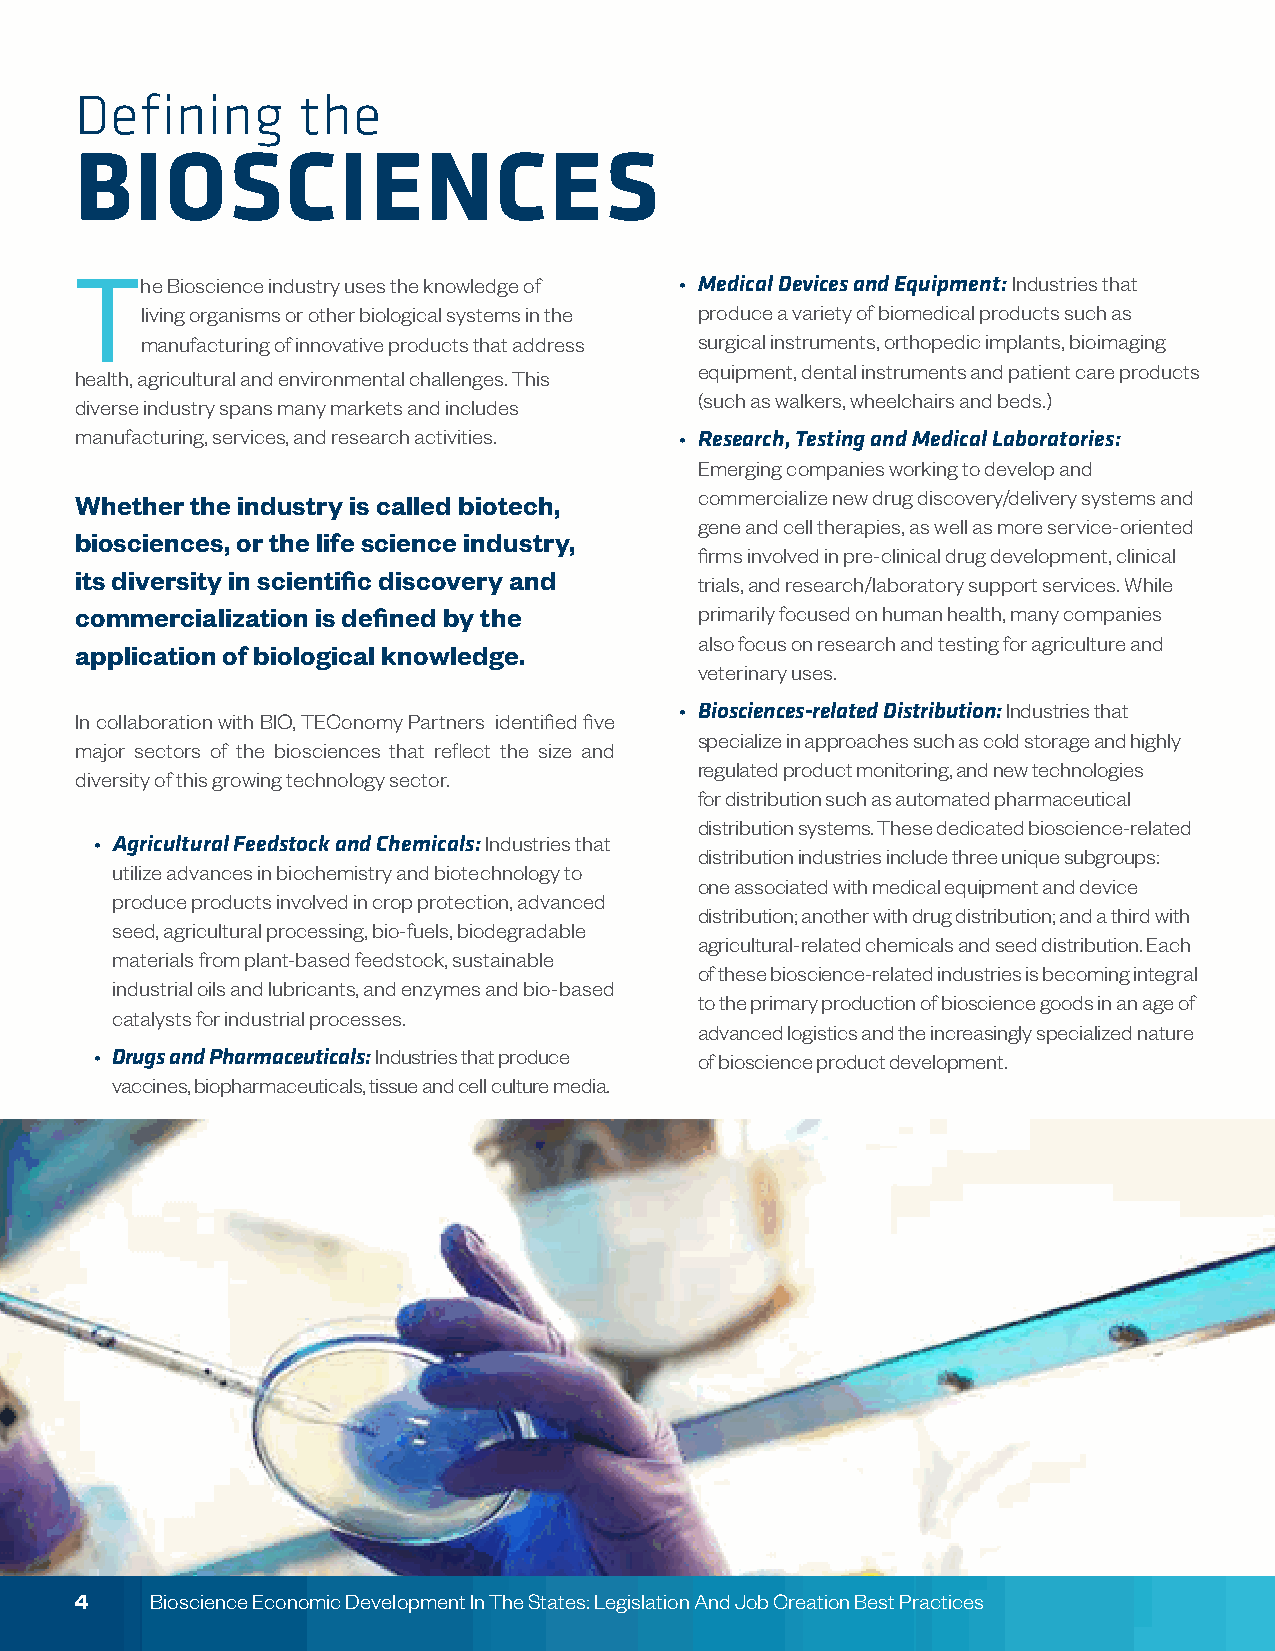
Defining       the
 BIOSCIENCES
 The   Bioscience industry uses the knowledge of • Medical Devices and Equipment: Industries that
 living organisms or other biological systems in the produce a variety of biomedical products such as
 manufacturing of innovative products that address surgical instruments, orthopedic implants, bioimaging
 equipment, dental instruments and patient care products
 health, agricultural and environmental challenges. This
 (such as walkers, wheelchairs and beds.)
 diverse industry spans many markets and includes
 manufacturing, services, and research activities. • Research, Testing and Medical Laboratories:
 Emerging companies working to develop and
 Whether the industry is called biotech,  commercialize new drug discovery/delivery systems and
 gene and cell therapies, as well as more service-oriented
 biosciences, or the life science industry,
 firms involved in pre-clinical drug development, clinical
 its diversity in scientific discovery and
 trials, and research/laboratory support services. While
 commercialization is defined by the      primarily focused on human health, many companies
 also focus on research and testing for agriculture and
 application of biological knowledge.
 veterinary uses.
 • Biosciences-related Distribution: Industries that
 In collaboration with BIO, TEConomy Partners identified five
 specialize in approaches such as cold storage and highly
 major sectors of the biosciences that reflect the size and
 regulated product monitoring, and new technologies
 diversity of this growing technology sector.
 for distribution such as automated pharmaceutical
 distribution systems. These dedicated bioscience-related
 • Agricultural Feedstock and Chemicals: Industries that
 distribution industries include three unique subgroups:
 utilize advances in biochemistry and biotechnology to
 one associated with medical equipment and device
 produce products involved in crop protection, advanced
 distribution; another with drug distribution; and a third with
 seed, agricultural processing, bio-fuels, biodegradable
 agricultural-related chemicals and seed distribution. Each
 materials from plant-based feedstock, sustainable
 of these bioscience-related industries is becoming integral
 industrial oils and lubricants, and enzymes and bio-based
 to the primary production of bioscience goods in an age of
 catalysts for industrial processes.
 advanced logistics and the increasingly specialized nature
 • Drugs and Pharmaceuticals: Industries that produce of bioscience product development.
 vaccines, biopharmaceuticals, tissue and cell culture media.
 4    Bioscience Economic Development In The States: Legislation And Job Creation Best Practices